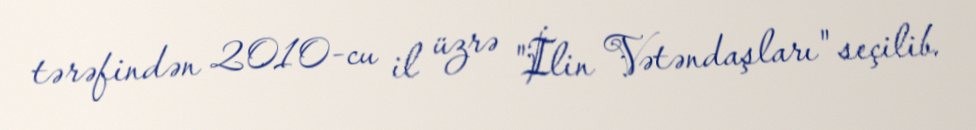
tərəfindən 2010-cu il üzrə "İlin Vətəndaşları" seçilib.